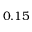
0 . 1 5